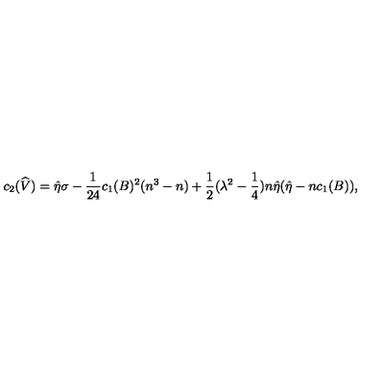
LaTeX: c _ { 2 } ( \widehat { V } ) = \hat { \eta } \sigma - \frac { 1 } { 2 4 } c _ { 1 } ( B ) ^ { 2 } ( n ^ { 3 } - n ) + \frac { 1 } { 2 } ( \lambda ^ { 2 } - \frac { 1 } { 4 } ) n \hat { \eta } ( \hat { \eta } - n c _ { 1 } ( B ) ) ,